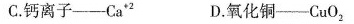
C.钙离子——Ca^{+2} D.氧化铜——CuO_{2}